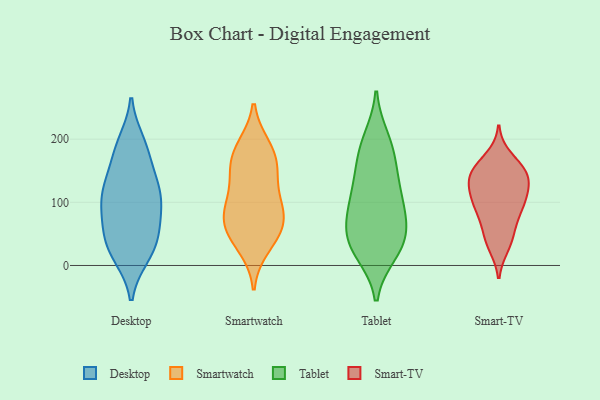
{"axis": {"x": "Tickets Resolved", "y": "Value"}, "legend": ["Desktop", "Smart-TV", "Smartwatch", "Tablet"], "data": [{"x": "", "y": 124, "type": "Desktop"}, {"x": "", "y": 150, "type": "Desktop"}, {"x": "", "y": 21, "type": "Desktop"}, {"x": "", "y": 188, "type": "Desktop"}, {"x": "", "y": 104, "type": "Desktop"}, {"x": "", "y": 19, "type": "Desktop"}, {"x": "", "y": 129, "type": "Desktop"}, {"x": "", "y": 109, "type": "Desktop"}, {"x": "", "y": 16, "type": "Desktop"}, {"x": "", "y": 97, "type": "Desktop"}, {"x": "", "y": 105, "type": "Desktop"}, {"x": "", "y": 59, "type": "Desktop"}, {"x": "", "y": 67, "type": "Desktop"}, {"x": "", "y": 180, "type": "Desktop"}, {"x": "", "y": 194, "type": "Desktop"}, {"x": "", "y": 52, "type": "Desktop"}, {"x": "", "y": 42, "type": "Desktop"}, {"x": "", "y": 187, "type": "Smartwatch"}, {"x": "", "y": 46, "type": "Smartwatch"}, {"x": "", "y": 159, "type": "Smartwatch"}, {"x": "", "y": 159, "type": "Smartwatch"}, {"x": "", "y": 57, "type": "Smartwatch"}, {"x": "", "y": 83, "type": "Smartwatch"}, {"x": "", "y": 105, "type": "Smartwatch"}, {"x": "", "y": 75, "type": "Smartwatch"}, {"x": "", "y": 30, "type": "Smartwatch"}, {"x": "", "y": 103, "type": "Smartwatch"}, {"x": "", "y": 185, "type": "Smartwatch"}, {"x": "", "y": 145, "type": "Smartwatch"}, {"x": "", "y": 67, "type": "Smartwatch"}, {"x": "", "y": 52, "type": "Tablet"}, {"x": "", "y": 112, "type": "Tablet"}, {"x": "", "y": 20, "type": "Tablet"}, {"x": "", "y": 46, "type": "Tablet"}, {"x": "", "y": 87, "type": "Tablet"}, {"x": "", "y": 22, "type": "Tablet"}, {"x": "", "y": 97, "type": "Tablet"}, {"x": "", "y": 143, "type": "Tablet"}, {"x": "", "y": 190, "type": "Tablet"}, {"x": "", "y": 52, "type": "Tablet"}, {"x": "", "y": 140, "type": "Tablet"}, {"x": "", "y": 87, "type": "Tablet"}, {"x": "", "y": 31, "type": "Tablet"}, {"x": "", "y": 200, "type": "Tablet"}, {"x": "", "y": 175, "type": "Tablet"}, {"x": "", "y": 133, "type": "Smart-TV"}, {"x": "", "y": 143, "type": "Smart-TV"}, {"x": "", "y": 63, "type": "Smart-TV"}, {"x": "", "y": 171, "type": "Smart-TV"}, {"x": "", "y": 96, "type": "Smart-TV"}, {"x": "", "y": 105, "type": "Smart-TV"}, {"x": "", "y": 157, "type": "Smart-TV"}, {"x": "", "y": 132, "type": "Smart-TV"}, {"x": "", "y": 49, "type": "Smart-TV"}, {"x": "", "y": 141, "type": "Smart-TV"}, {"x": "", "y": 31, "type": "Smart-TV"}, {"x": "", "y": 114, "type": "Smart-TV"}, {"x": "", "y": 96, "type": "Smart-TV"}, {"x": "", "y": 145, "type": "Smart-TV"}, {"x": "", "y": 81, "type": "Smart-TV"}, {"x": "", "y": 151, "type": "Smart-TV"}, {"x": "", "y": 35, "type": "Smart-TV"}, {"x": "", "y": 99, "type": "Smart-TV"}]}